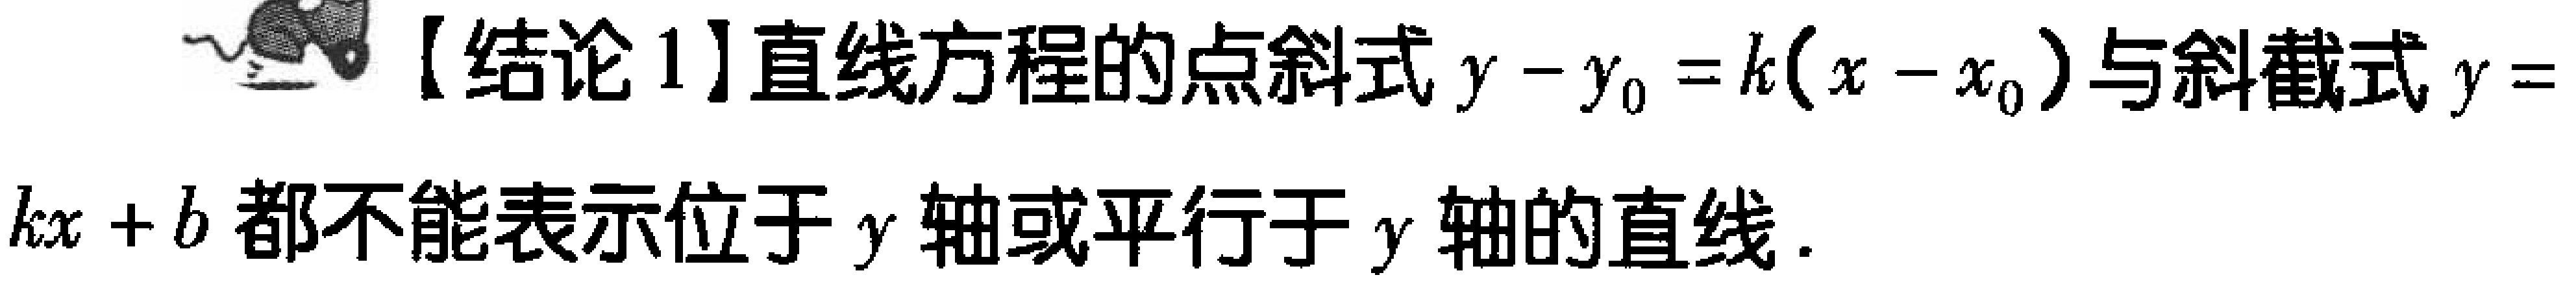
【结论1】直线方程的点斜式\(y - y_{0} = k(x - x_{0})\)与斜截式\(y = kx + b\)都不能表示位于\(y\)轴或平行于\(y\)轴的直线.